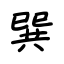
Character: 巽